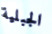
الجبلية